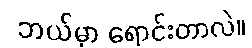
ဘယ်မှာ ရောင်းတာလဲ။